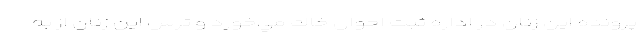
پرونده اين زنان در اداره ثبت احوال خاك مي‌خورد و ترس اين زنان از به